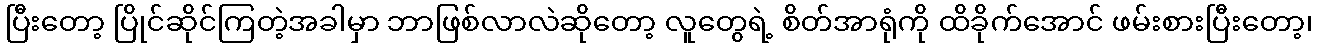
ပြီးတော့ ပြိုင်ဆိုင်ကြတဲ့အခါမှာ ဘာဖြစ်လာလဲဆိုတော့ လူတွေရဲ့ စိတ်အာရုံကို ထိခိုက်အောင် ဖမ်းစားပြီးတော့၊